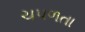
ચપળતા